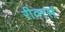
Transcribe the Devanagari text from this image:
रीवरर्स